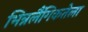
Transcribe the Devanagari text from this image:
भिन्नलैंगिकतेला